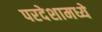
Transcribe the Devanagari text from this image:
परदेशामध्ये